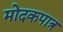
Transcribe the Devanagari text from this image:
मोदकपात्र